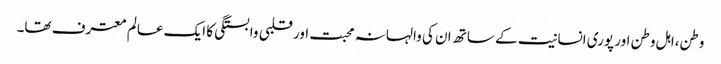
وطن،اہل وطن اور پوری انسانیت کے ساتھ ان کی والہانہ محبت اور قلبی وابستگی کا ایک عالم معترف تھا۔